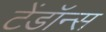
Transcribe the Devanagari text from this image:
टेंडॉन्स